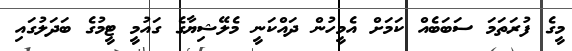
މީގެ ފުރަތަމަ ސަބަބެއް ކަމަށް އެމީހުން ދައްކަނީ މެލޭޝިޔާގެ ގައުމީ ޓީމުގެ ބަދަލުގައި